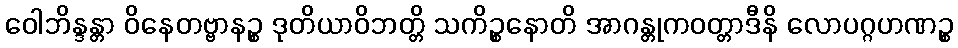
ဝေါဘိန္ဒန္တာ ဝိနေတဗ္ဗာနဉ္စ ဒုတိယာဝိဘတ္တိ သကိဉ္စနောတိ အာဂန္တုကဝတ္တာဒီနိ လောပဂ္ဂဟဏဉ္စ